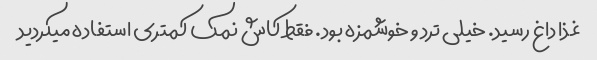
غذا داغ رسید. خیلی ترد و خوشمزه بود. فقط کاش نمک کمتری استفاده میکردید